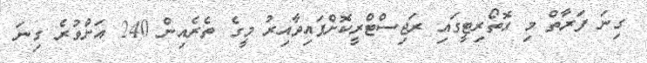
ގިނަ ފަރާތް މި އޮތޯރިޓީގައި ރަޖިސްޓްރީކޮށްފައިވާއިރު މީގެ ތެރެއިން 240 އަށްވުރެ ގިނަ